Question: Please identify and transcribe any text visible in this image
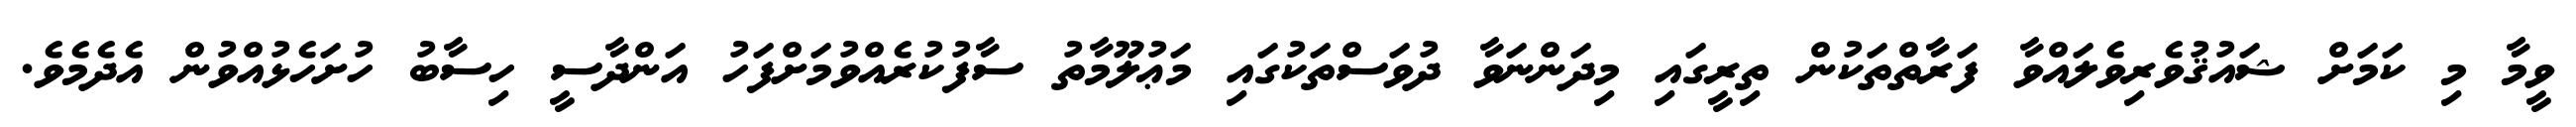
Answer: ވީމާ މި ކަމަށް ޝައުޤުވެރިވެލައްވާ ފަރާތްތަކުން ތިރީގައި މިދަންނަވާ ދުވަސްތަކުގައި މަޢުލޫމާތު ސާފުކުރެއްވުމަށްފަހު އަންދާސީ ހިސާބު ހުށަހެޅުއްވުން އެދެމެވެ.